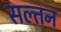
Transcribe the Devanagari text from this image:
सल्तन